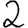
Digit: 2